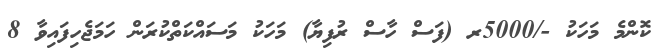
ކޮންމެ މަހަކު -/5000ރ (ފަސް ހާސް ރުފިޔާ) މަހަކު މަސައްކަތްކުރަން ހަމަޖެހިފައިވާ 8